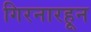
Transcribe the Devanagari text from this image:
गिरनारहून